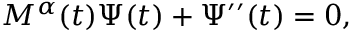
M ^ { \alpha } ( t ) \Psi ( t ) + \Psi ^ { \prime \prime } ( t ) = 0 ,